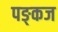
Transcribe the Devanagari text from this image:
पङ्कज